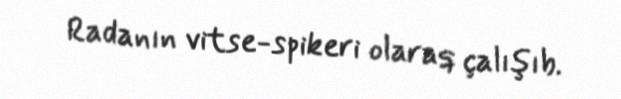
Radanın vitse-spikeri olaraq çalışıb.